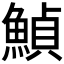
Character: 𩹰